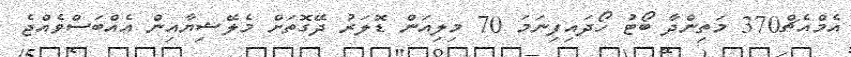
އެމްއެޗް370 މަތިންދާ ބޯޓު ހޯދައިފިނަމަ 70 މިލިއަން ޑޮލަރު ދޭގޮތަށް މެލޭޝިޔާއިން އެއްބަސްވެއްޖެ